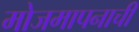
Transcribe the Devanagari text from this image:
मोजमापनाची